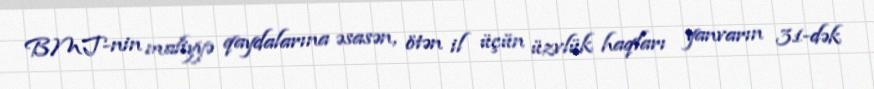
BMT-nin maliyyə qaydalarına əsasən, ötən il üçün üzvlük haqları yanvarın 31-dək